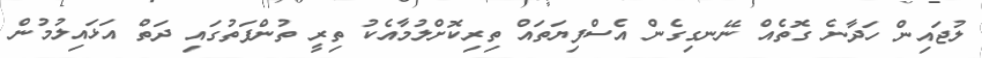
ލުޖައިން ހަދާނެ ގޮތެއް ނޭނގިގެން އެސްފިޔަތައް ތިރިކޮށްލުމާއެކު ތިރީ ތުންފަތުގައި ދަތް އަޅައިލުމުން